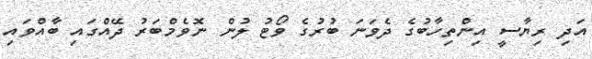
އަދި ރިޔާސީ އިންތިހާބުގެ ދެވަނަ ބުރުގެ ވޯޓު ލުން ނޮވެމްބަރު ދޭއްގައި ބާއްވައި